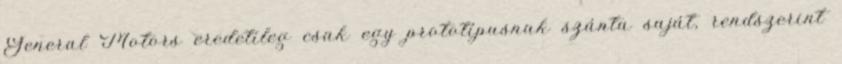
General Motors eredetileg csak egy prototípusnak szánta saját, rendszerint